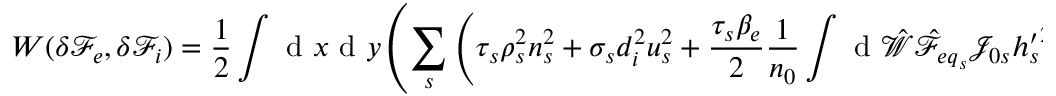
W ( \delta { \mathcal F } _ { e } , \delta { \mathcal F } _ { i } ) = \frac { 1 } { 2 } \int \mathrm { ~ d ~ } x \mathrm { ~ d ~ } y \left( \sum _ { s } \left( \tau _ { s } \rho _ { s } ^ { 2 } n _ { s } ^ { 2 } + \sigma _ { s } d _ { i } ^ { 2 } u _ { s } ^ { 2 } + \frac { \tau _ { s } \beta _ { e } } { 2 } \frac { 1 } { n _ { 0 } } \int \mathrm { ~ d ~ } \hat { \mathcal { W } } \hat { \mathcal { F } } _ { { e q } _ { s } } \mathcal { J } _ { 0 s } { h _ { s } ^ { \prime } } ^ { 2 } \right) + | \nabla _ { \perp } A _ { \parallel } | ^ { 2 } + d _ { i } ^ { 2 } | B _ { \parallel } ^ { 2 } | \right) .